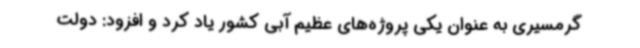
گرمسیری به عنوان یکی پروژه‌های عظیم آبی کشور یاد کرد و افزود: دولت